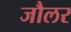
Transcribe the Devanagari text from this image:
जौलर